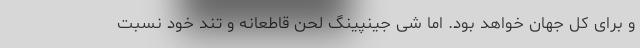
و برای کل جهان خواهد بود. اما شی جینپینگ لحن قاطعانه و تند خود نسبت